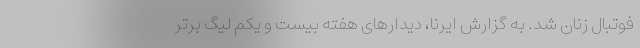
فوتبال زنان شد. به گزارش ایرنا، دیدارهای هفته بیست و یکم لیگ برتر